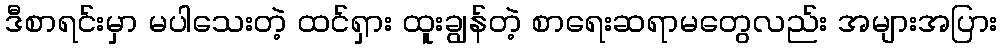
ဒီစာရင်းမှာ မပါသေးတဲ့ ထင်ရှား ထူးချွန်တဲ့ စာရေးဆရာမတွေလည်း အများအပြား